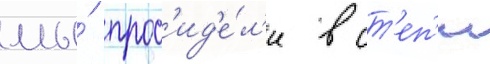
мы́ прос'ид'е́л'и в ст'еп'и